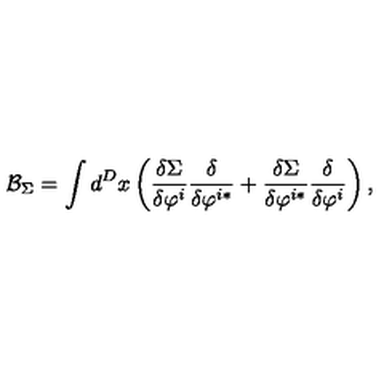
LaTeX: \mathcal { B } _ { \Sigma } = \int d ^ { D } x \left( \frac { \delta \Sigma } { \delta \varphi ^ { i } } \frac \delta { \delta \varphi ^ { i * } } + \frac { \delta \Sigma } { \delta \varphi ^ { i * } } \frac \delta { \delta \varphi ^ { i } } \right) ,